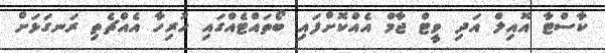
ކާސްޓާ އޮއިލް އަދި ވީޓް ޖާމް އެއްކޮށްފައި ބޯތައްޓެއްގައި ހުރިހާ އެއްޗެތި ރަނގަޅަށް